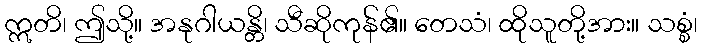
ဣတိ၊ ဤသို့။ အနုဂါယန္တိ၊ သီဆိုကုန်၏။ တေသံ၊ ထိုသူတို့အား။ သစ္စံ၊